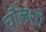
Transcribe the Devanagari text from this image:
चौलशी